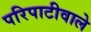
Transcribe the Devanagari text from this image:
परिपाटीवाले